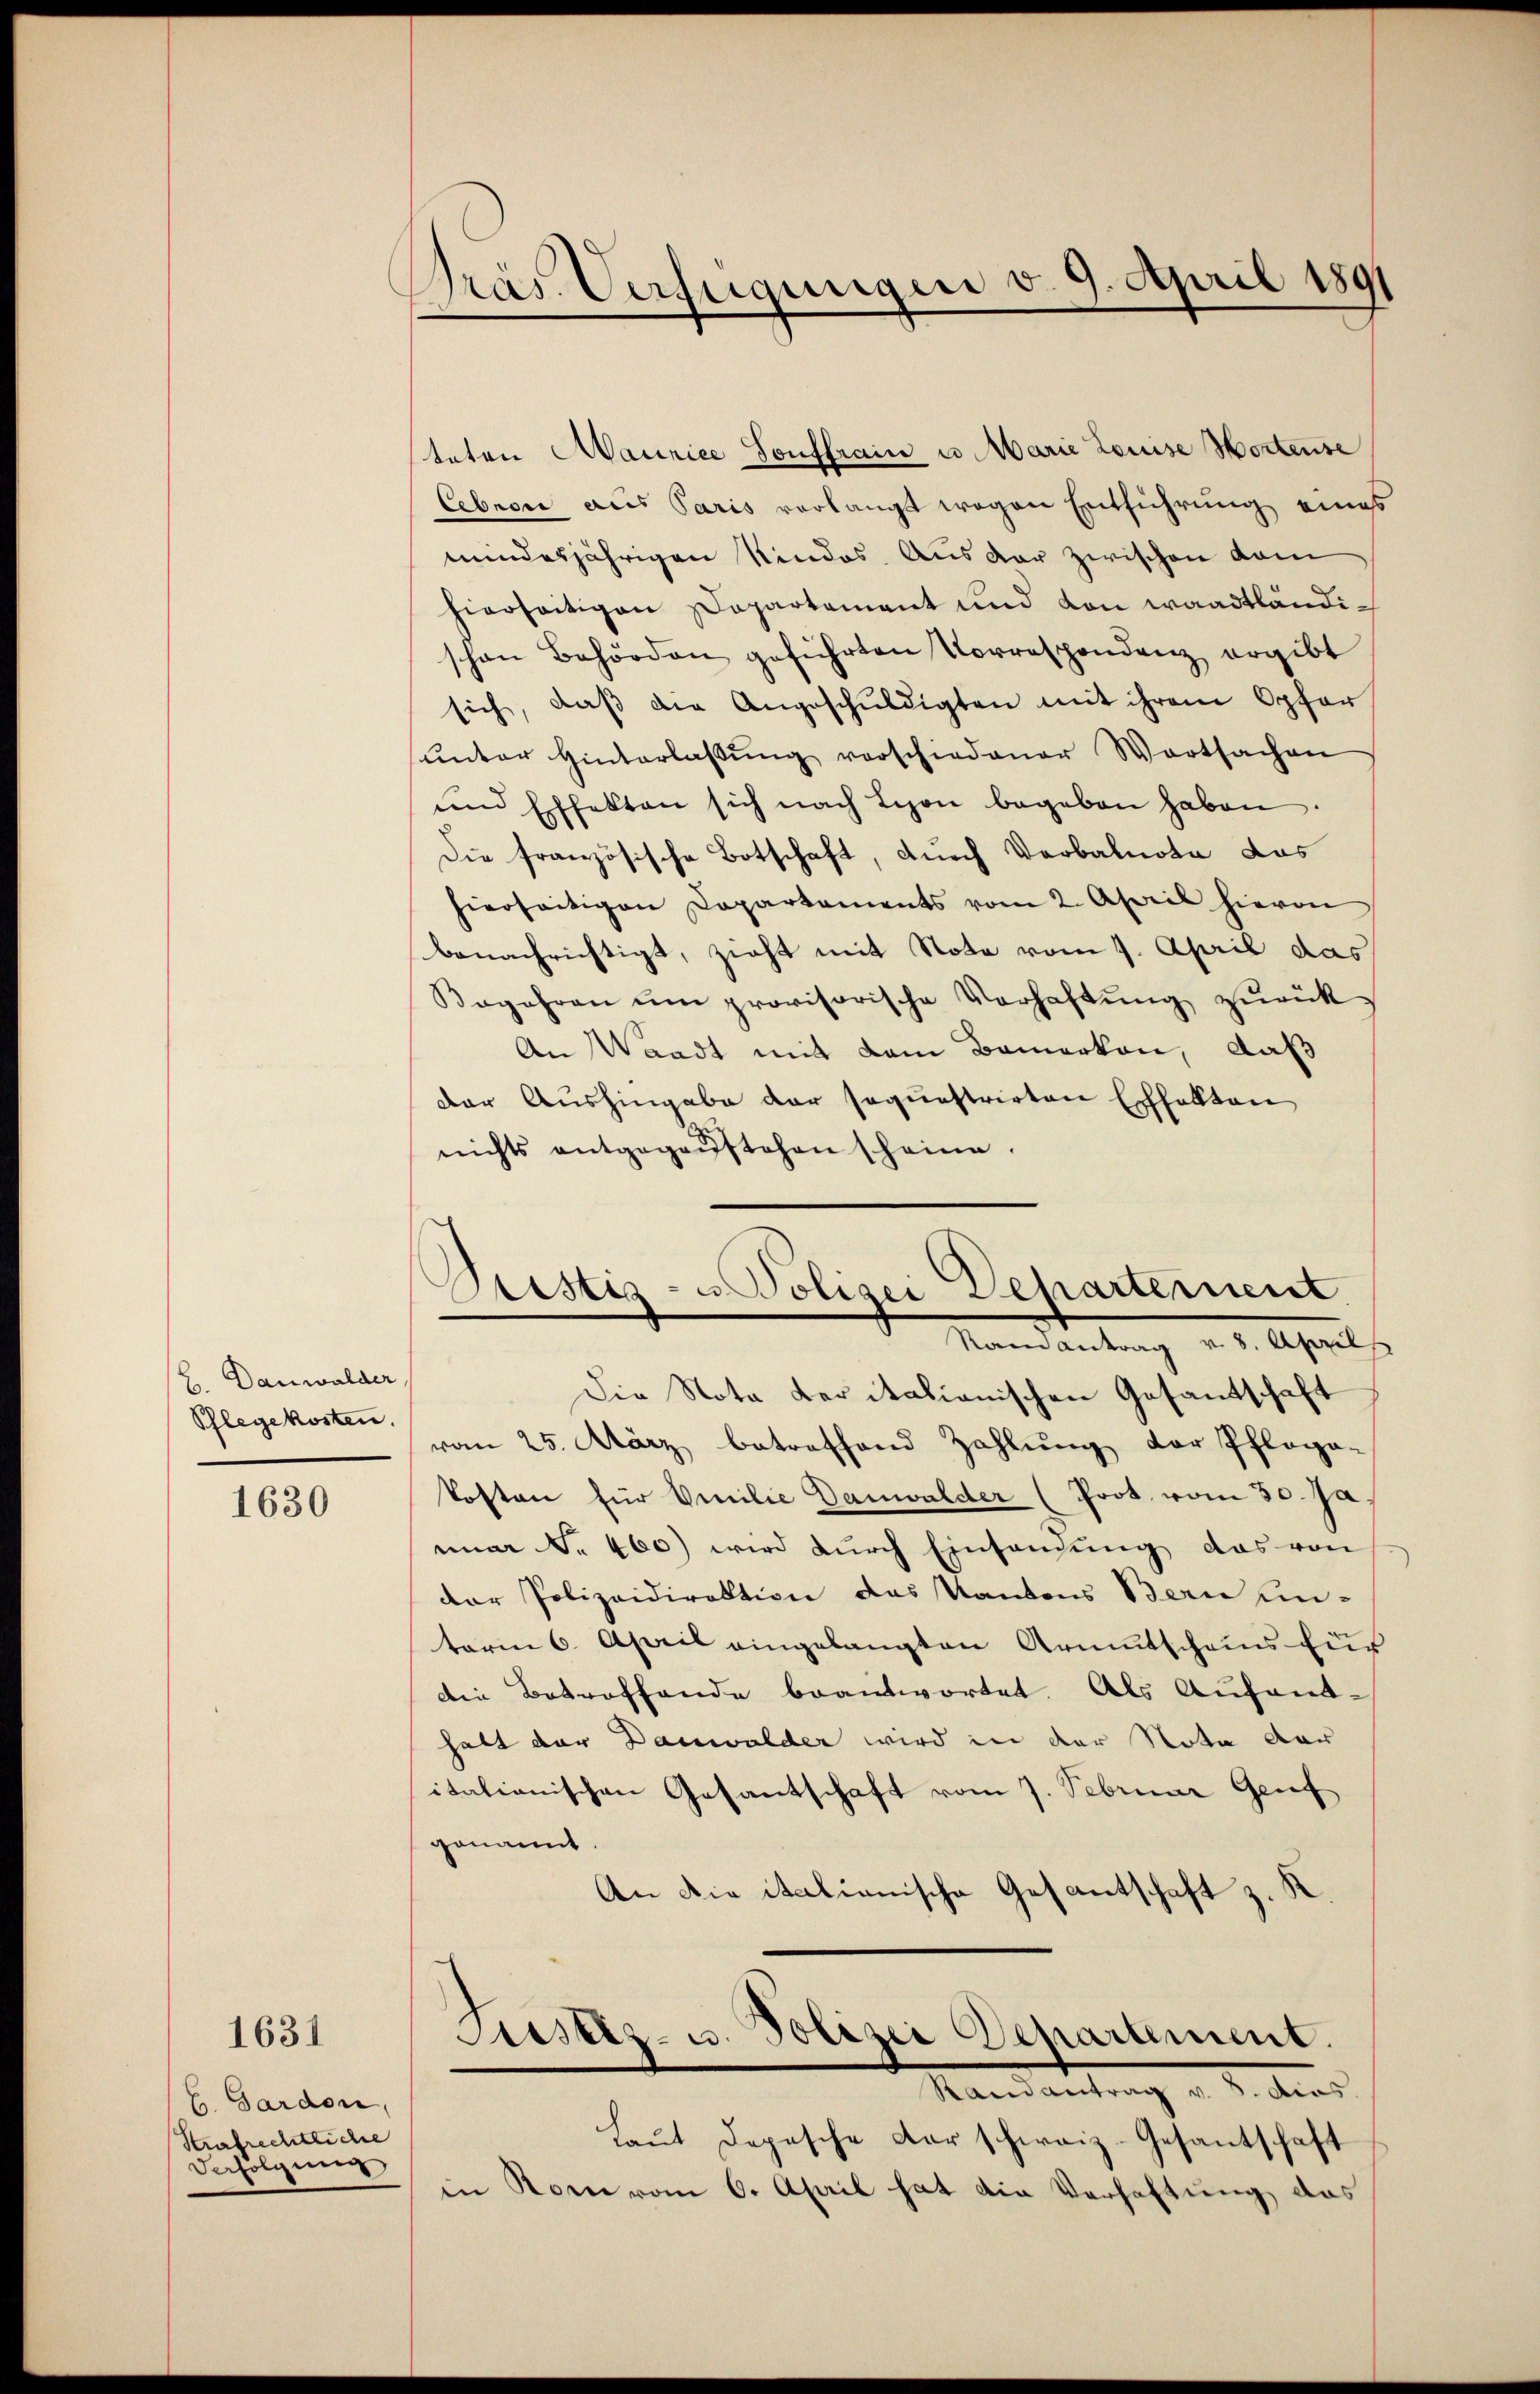
Danwalder
Phlegekosten.

1630

1631

E. Garden,
Strafrechtliche
Befolgung

Gras Verfügungen v. 9. April 1891

teten Maurice Souffrain u. Marie Louise Wortense
Cebnon aus Paris verlangt wegen Entführung eines
mundesjährigen Kindes. Aus der zwischen dam
hierseitigen Departement und von waadtländischon Behörden geführten Vorrespondenz ergibt
sich, daβ die Angeschŭldigten mit ihrem Opfer
ŭnter Hinterlaβŭng verschiedener Wortsachen
und Effekten sich nach Leon begeben haben
Die französische Botschaft, durch Verbalnote das
hierseitigen Capartaments vom 2. April hievon
benachrichtigt, zieht mit Note vom 7. April das
Begehren ŭm provisorische Verhaftŭng zŭrück-
An Waadt mit dem Bemerken, daß
Der Aushingabe der soquestrirten Echfallten
nichts entgegenstehen scheine.
Die Nota der italionischen Gesandschaft
vom 25. März betreffend Zahlung der Pflega-
Posten für Emilie Danwalder (Prot. vom 30. Ja,
mar No. 460) wird durch Einsendung das von
der Polizeidirektion das Kantons Bern un-
term 6. April eingelangten Armutscheins für
die Betroffende beantwortet. Als Aufenthatt der Danwalder wird in der Nota dar
itationischen Gesantschaft vom 7. Februar Genf
genannt.
An die italianische Gesantschaft z. B
.
Justiz- u. Polizei Departement.
Randantrag v. 8. dies
Laut Depesche Dar schweiz-Gesantschaft
in Rom vom 6. April hat die Verhaftung das

Justiz- u Polizei Departement.
Ramantrag v. 8. April